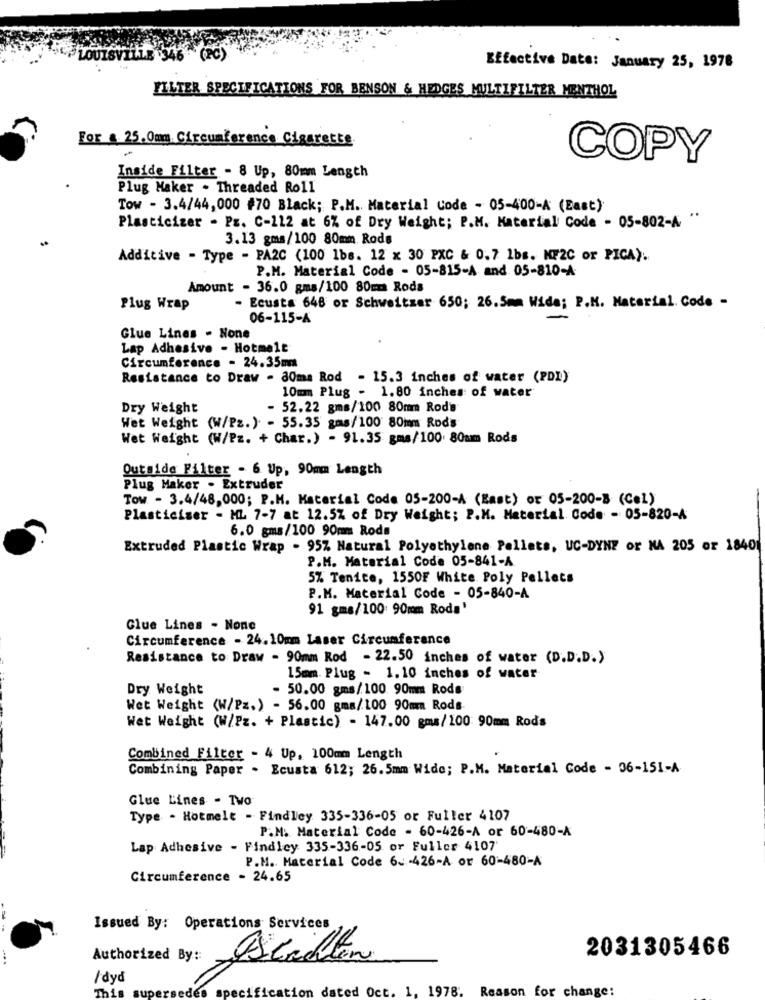
Effective Date: January 25, 1978
FILTER SPECIFICATIONS FOR BENSON & HEDGES MULTIFILTER MENTHOL
For & 25.0mm Circumference Cigarette
COPY
Inside Filter - 8 Up, 80mm Length
Plug Maker - Threaded Roll
Tow - 3.4/44,000 #70 Black; P.M. Material Code - 05-400-A (East)
Plasticizer - Pz. C-112 at 6% of Dry Weight; P.M. Material Code - 05-802-A '
3.13 gms/100 80mm Rods
Additive - Type - PA2C (100 1bs. 12 x 30 PXC & 0.7 lbs. MF2C or PICA).
P.M. Material Code - 05-815-A and 05-810-A
Amount - 36.0 gms/100 80mm Rods
Plug Wrap
- Ecusta 646 or Schweitzer 650; 26.5mm Wide; P.M. Material. Code -
06-115-A
Glue Lines - None
Lap Adhesive - Hotmelt
Circumference - 24.35m
Resistance to Draw - 80ma Rod - 15.3 inches of water (PDI)
10mm Plug - 1.80 inches of water
Dry Weight
- 52.22 gms/100 80mm Rods
Wet Weight (W/Pz.) - 55.35 gms/100 80mm Rods
Wet Weight (W/Pz. + Char.) - 91.35 gms/100 80mm Rods
Outside Filter - 6 Up, 90mm Length
Plug Maker - Extruder
Tow - 3.4/48,000; P.M. Material Code 05-200-A (East) or 05-200-B (Cel)
Plasticiser - ML 7-7 at 12.5% of Dry Weight; P.M. Material Code - 05-820-A
6.0 gms/100 90mm Rods
Extruded Plastic Wrap - 95% Natural Polyethylene Pellets, UC-DYN? or NA 205 or 18401
P.M. Material Code 05-841-A
5% Tenice, 1550F White Poly Pellets
P.M. Material Code - 05-840-A
91 gms/100: 90mm Roda'
Glue Lines - None
Circumference - 24. 10mm Laser Circumference
Resistance to Draw - 90mm Rod - 22.50 inches of water (D.D.D.)
15mm. Plug - 1.10 inches of water
Dry Weight
50.00 gms/100 90mm Rods
Wet Weight (W/Pz.) - 56.00 gma/100 90mm Rods.
Wet Weight (W/Pz. + Plastic) - 147.00 gms/100: 90mm Rods
Combined Filter - 4 Up. 100mm Length
Combining Paper . Ecusta 612; 26.5mm Wide; P.M. Material Code - 36-151-A
Glue Lines - Two
Type - Hotmelt - Findley 335-336-05 or Fuller 4107
P.M. Material Code - 60-426-A or 60-480-A
Lap Adhesive - Findley 335-336-05 or Fuller 4107
P.M. Material Code 6 -426-A or 60-480-A
Circumference - 24.65
Issued By: Operations Services
2031305466
Authorized By ::
Stahlen
/ dyd
tion dated Oct. 1, 1978. Reason for change: